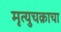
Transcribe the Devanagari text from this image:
मृत्युचक्राचा